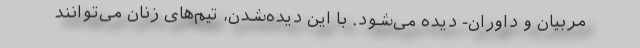
مربیان و داوران- دیده می‌شود. با این دیده‌شدن، تیم‌های زنان می‌توانند